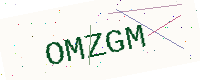
Text: OMZGM